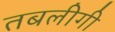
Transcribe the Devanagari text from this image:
तबलीगी